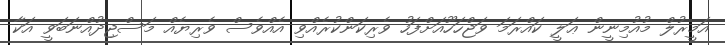
އަމީރުލް މުއުމިނީން ޢަލީ ކައްރަމަ ވަޖްހަހޫއަށްފަހު ވެރިކަންކުރެއްވި އެއްވެސް ވެރިޔެއް މަސްޖިދުއްނަބަވީ އަކާ